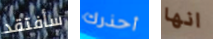
سأفتقد أحذرك انها